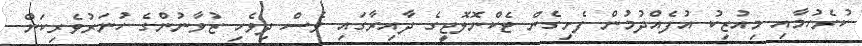
ކުރެހުމާއި މިއުޒިކު އުފެއްދުމުން ފެށިގެން ޓެކްނޮލޮޖީގެ ދާއިރާގައި ވެސް ދިވެހި ޒުވާނުންގެ ހުނަރުވެރިކަން